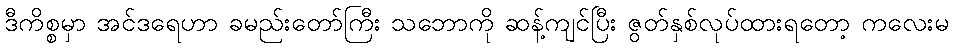
ဒီကိစ္စမှာ အင်ဒရေဟာ ခမည်းတော်ကြီး သဘောကို ဆန့်ကျင်ပြီး ဇွတ်နှစ်လုပ်ထားရတော့ ကလေးမ